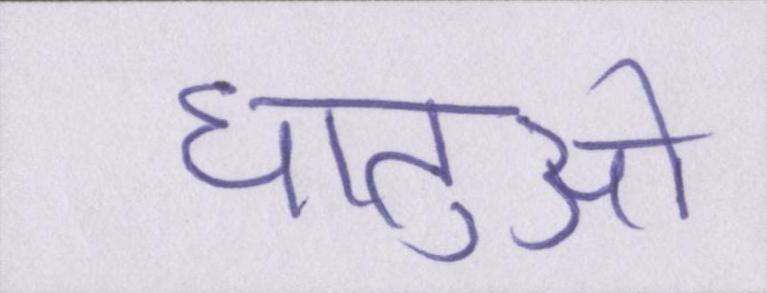
धातुओं